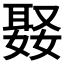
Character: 𭒒